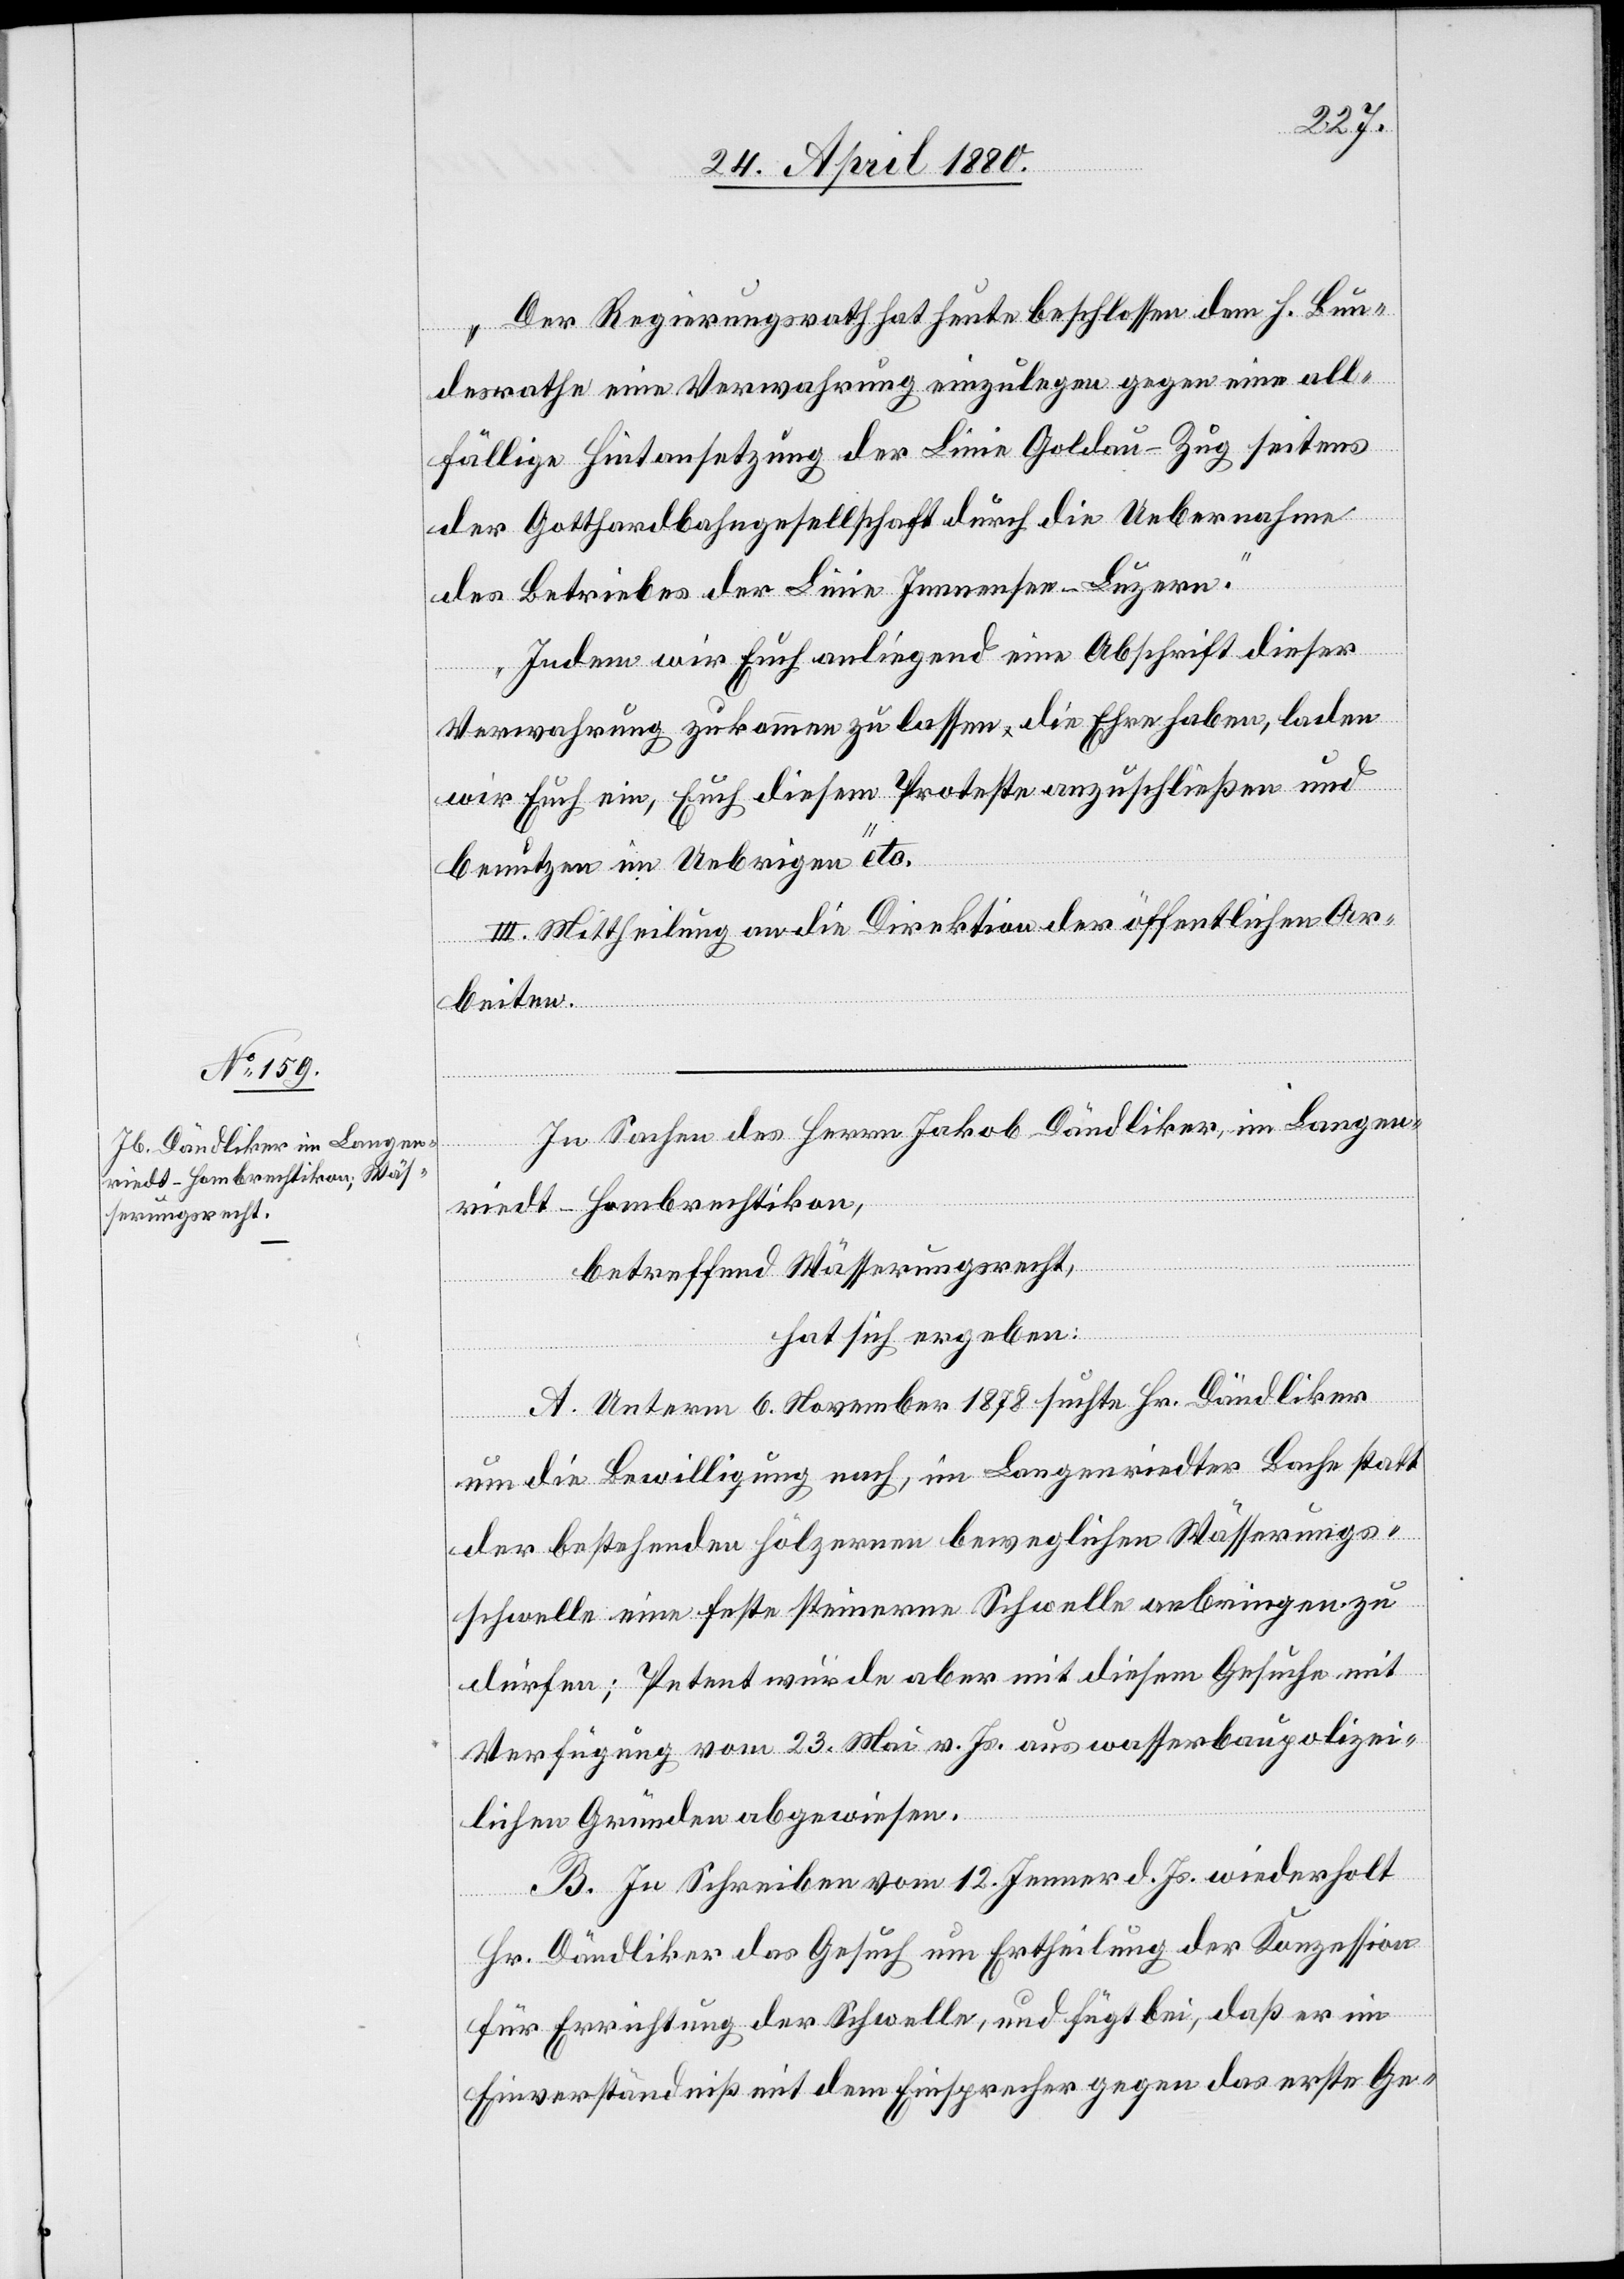
„Der Regierungsrath hat heute beschlossen dem h. Bun¬
desrathe eine Verwahrung einzulegen gegen eine all¬
fällige Hintansetzung der Linie Goldau–Zug seitens
der Gotthardbahngesellschaft durch die Uebernahme
des Betriebes der Linie Immensee–Luzern.
Indem wir Euch anliegend eine Abschrift dieser
Verwahrung zukommen zu lassen die Ehre haben, laden
wir Euch ein, Euch diesem Proteste anzuschließen und
benutzen im Uebrigen“ etc.
III. Mittheilung an die Direktion der öffentlichen Ar¬
beiten.
In Sachen des Herrn Jakob Dändliker, im Langen¬
-
Hombrechtikon,
riedt
betreffend Wässerungsrecht,
hat sich ergeben:
A. Unterm 6. November 1878 suchte Hr. Dändliker
um die Bewilligung nach, im Langenriedter Bache statt
der bestehenden hölzernen beweglichen Wässerungs¬
schwelle eine feste steinerne Schwelle anbringen zu
dürfen; Petent wurde aber mit diesem Gesuche mit
Verfügung vom 23. Mai v. Js. aus wasserbaupolizei¬
lichen Gründen abgewiesen.
B. In Schreiben vom 12. Jenner d. Js. wiederholt
Hr. Dändliker das Gesuch um Ertheilung der Konzession
für Errichtung der Schwelle, und fügt bei, daß er im
Einverständniß mit dem Einsprecher gegen das erste Ge-